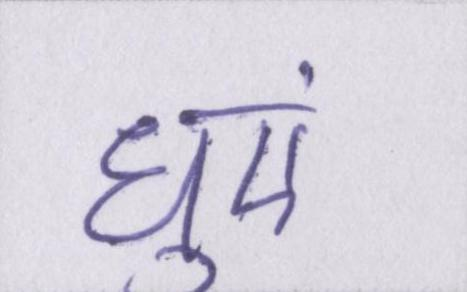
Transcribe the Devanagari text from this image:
धुएं